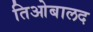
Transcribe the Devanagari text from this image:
तिओबालद